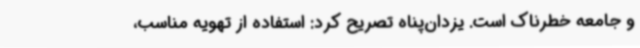
و جامعه خطرناک است. یزدان‌پناه تصریح کرد: استفاده از تهویه مناسب،